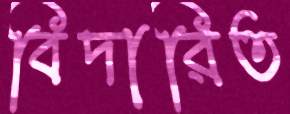
বিদারিত